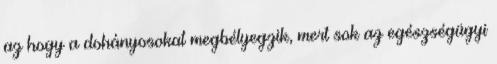
az hogy a dohányosokat megbélyegzik, mert sok az egészségügyi